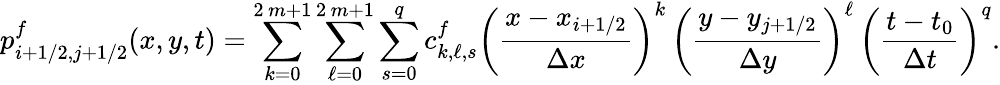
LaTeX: p_{i+1/2,j+1/2}^{f}(x,y,t)=\sum_{k=0}^{2\, m+1}\sum_{\ell=0}^{2\, m+1}\sum_{s=0}^{q}c_{k,\ell,s}^{f}\bigg(\frac{x-x_{i+1/2}}{\Delta x}\bigg)^{k}\, \bigg(\frac{y-y_{j+1/2}}{\Delta y}\bigg)^{\ell}\, \bigg(\frac{t-t_{0}}{\Delta t}\bigg)^{q}.